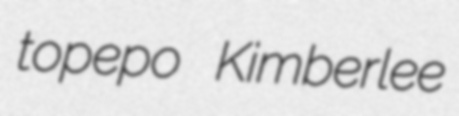
topepo Kimberlee